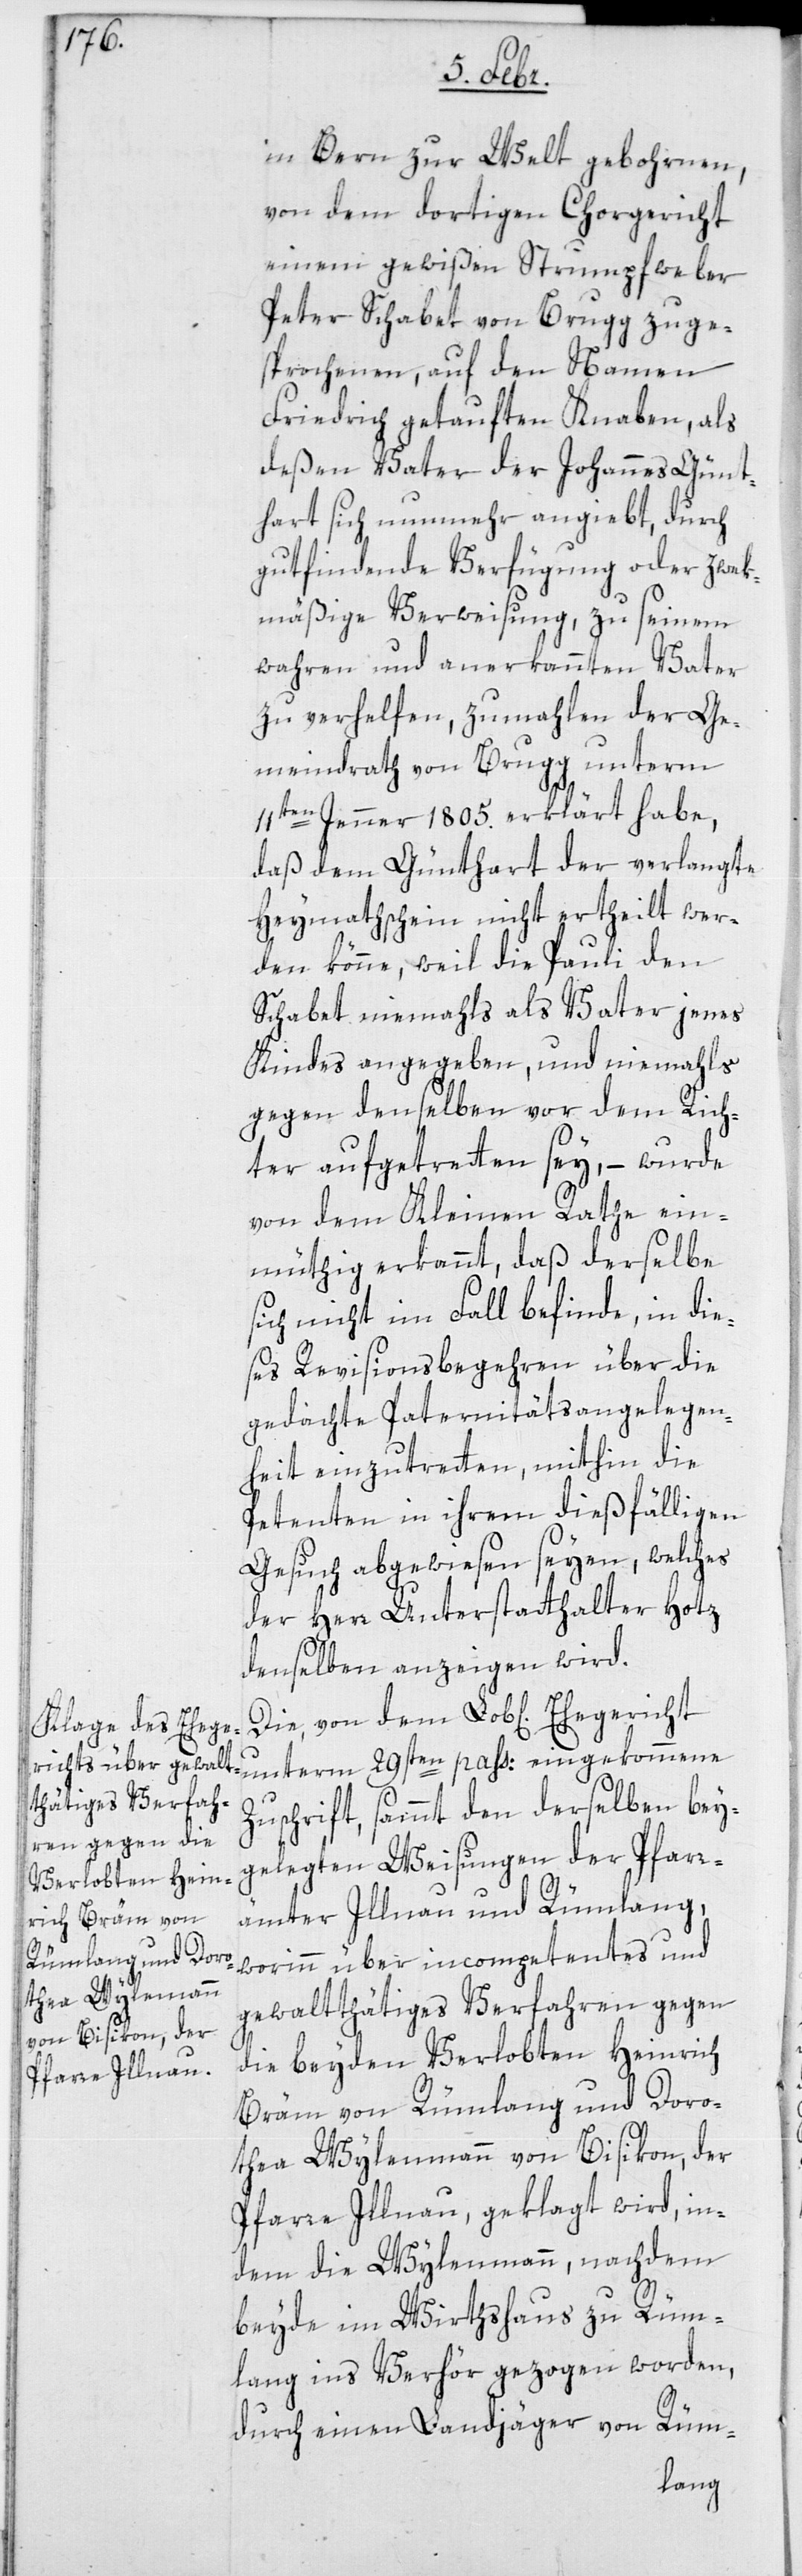
in Bern zur Welt gebohrnen,
von dem dortigen Chorgericht
einem gewißen Strumpfweber
Peter Schabet von Brugg zuge¬
sprochenen, auf den Namen
Friedrich getauften Knaben, als
deßen Vater der Johannes Günt¬
hart sich nunmehr angibt, durch
gutfindende Verfügung oder zwek¬
mäßige Verweisung, zu seinem
wahren und anerkannten Vater
zu verhelfen, zumahlen der Ge¬
meindrath von Brugg unterm
11ten Jenner 1805. erklärt habe,
daß dem Günthart der verlangte
Heymatschein nicht ertheilt wer¬
den könne, weil die Pauli den
Schabet niemahls als Vater jenes
Kindes angegeben, und niemals
gegen denselben vor dem Rich¬
ter aufgetreten sey, – wurde
von dem kleinen Rathe ein¬
müthig erkannt, daß derselbe
sich nicht im Fall befinde, in die¬
ses Revisionsbegehren über die
gedachte Paternitätsangelegen¬
heit einzutreten, mithin die
Petenten in ihrem dießfälligen
Gesuch abgewiesen seyen, welches
der Herr Unterstatthalter Hotz
denselben anzeigen wird.
Zuschrift, sammt den derselben bey¬
gelegten Weisungen der Pfarr¬
ämter Illnau und Rümlang,
worinn über incompetentes und
thea Wylenmann
gewaltthätiges Verfahren gegen
von Bisikon, der
die beyden Verlobten Heinrich
Bräm von Rümlang und Doro¬
Pfarre Illnau, geklagt wird, in¬
dem die Wylenmann, nachdem
beyde im Wirtshaus zu Rüm¬
lang ins Verhör gezogen worden,
durch einen Landjäger von Rüm-